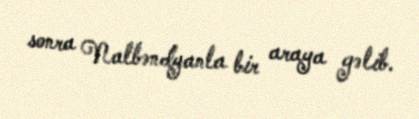
sonra Nalbəndyanla bir araya gəlib.